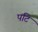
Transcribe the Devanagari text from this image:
पटि